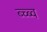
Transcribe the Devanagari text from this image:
ब्च्ब्व